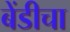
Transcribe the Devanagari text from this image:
बेंडीचा